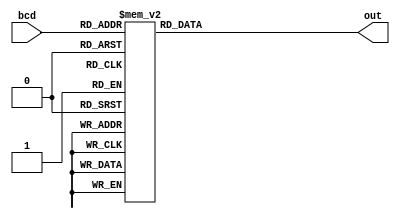
`timescale 1ns / 1ps
//////////////////////////////////////////////////////////////////////////////////
// Company: 
// Engineer: 
// 
// Design Name: 
// Module Name:    fnd_decoder 
// Project Name: 
// Target Devices: 
// Tool versions: 
// Description: 
//
// Dependencies: 
//
// Revision: 
// Revision 0.01 - File Created
// Additional Comments: 
//
//////////////////////////////////////////////////////////////////////////////////
module fnd_decoder(bcd, out);
input [3:0] bcd;
output reg [7:0] out;

always @ (bcd) begin
	case (bcd) // 10 0~9
		4'b0000: out = 8'b11111100;
		4'b0001: out = 8'b01100000;
		4'b0010: out = 8'b11011010;
		4'b0011: out = 8'b11110010;
		4'b0100: out = 8'b01100110;
		4'b0101: out = 8'b10110110;
		4'b0110: out = 8'b10111110;
		4'b0111: out = 8'b11100000;
		4'b1000: out = 8'b11111110;
		4'b1001: out = 8'b11110110;
		default: out = 8'b00000000;
	endcase
end
endmodule